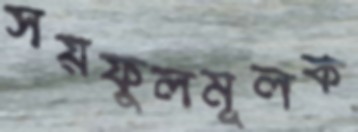
সয়ফুলমূলক